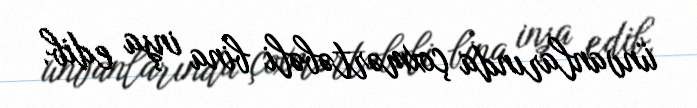
ünvanlarında çoxmərtəbəli bina inşa edib.